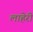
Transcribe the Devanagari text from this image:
लाहेरी